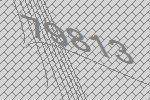
79813